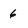
Character: 6